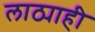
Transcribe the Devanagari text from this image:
लाठ्याही